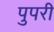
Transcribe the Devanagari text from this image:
पुपरी